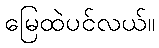
မြေထဲပင်လယ်။